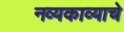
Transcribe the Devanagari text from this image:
नव्यकाव्याचे